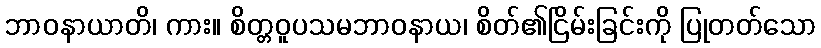
ဘာဝနာယာတိ၊ ကား။ စိတ္တဝူပသမဘာဝနာယ၊ စိတ်၏ငြိမ်းခြင်းကို ပြုတတ်သော